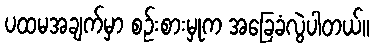
ပထမအချက်မှာ စဉ်းစားမှုက အခြေခံလွဲပါတယ်။